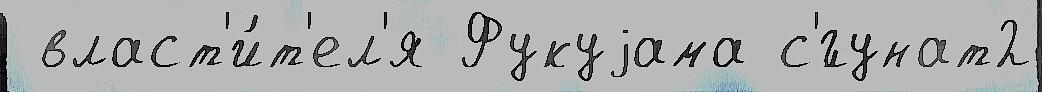
 власт'и́т'ел'я Фукуjама с'́гунат2